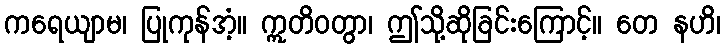
ကရေယျာမ၊ ပြုကုန်အံ့။ ဣတိဝတွာ၊ ဤသို့ဆိုခြင်းကြောင့်။ တေ နဟိ၊